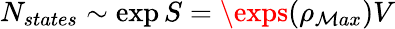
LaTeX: N_{states}\sim\exp{S}=\exps(\rho_{\mathcal{M}ax})V